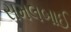
સમલબાઈ